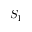
S _ { 1 }